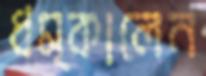
ধম্‌কালেন